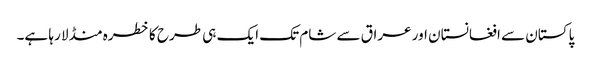
پاکستان سے افغانستان اور عراق سے شام تک ایک ہی طرح کا خطرہ منڈلا رہا ہے۔